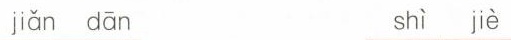
jiǎn dān shì jiè